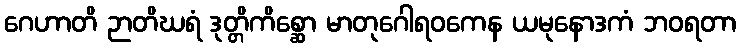
ဂေဟာတိ ဉာတိဃရံ ဒုတ္တိကိစ္ဆော မာတုဂေါရဝကေန ယမုနောဒကံ ဘဝရတာ